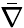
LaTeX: \bar{\nabla}